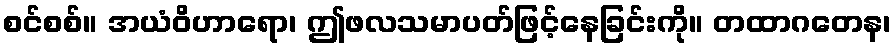
စင်စစ်။ အယံဝိဟာရော၊ ဤဖလသမာပတ်ဖြင့်နေခြင်းကို။ တထာဂတေန၊